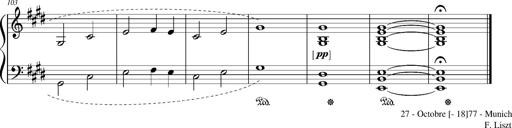
Title: Resignazione, S.187a/b
Composer: Franz Liszt